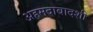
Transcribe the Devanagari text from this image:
अहमदाबादशी